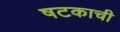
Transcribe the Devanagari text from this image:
षटकाची